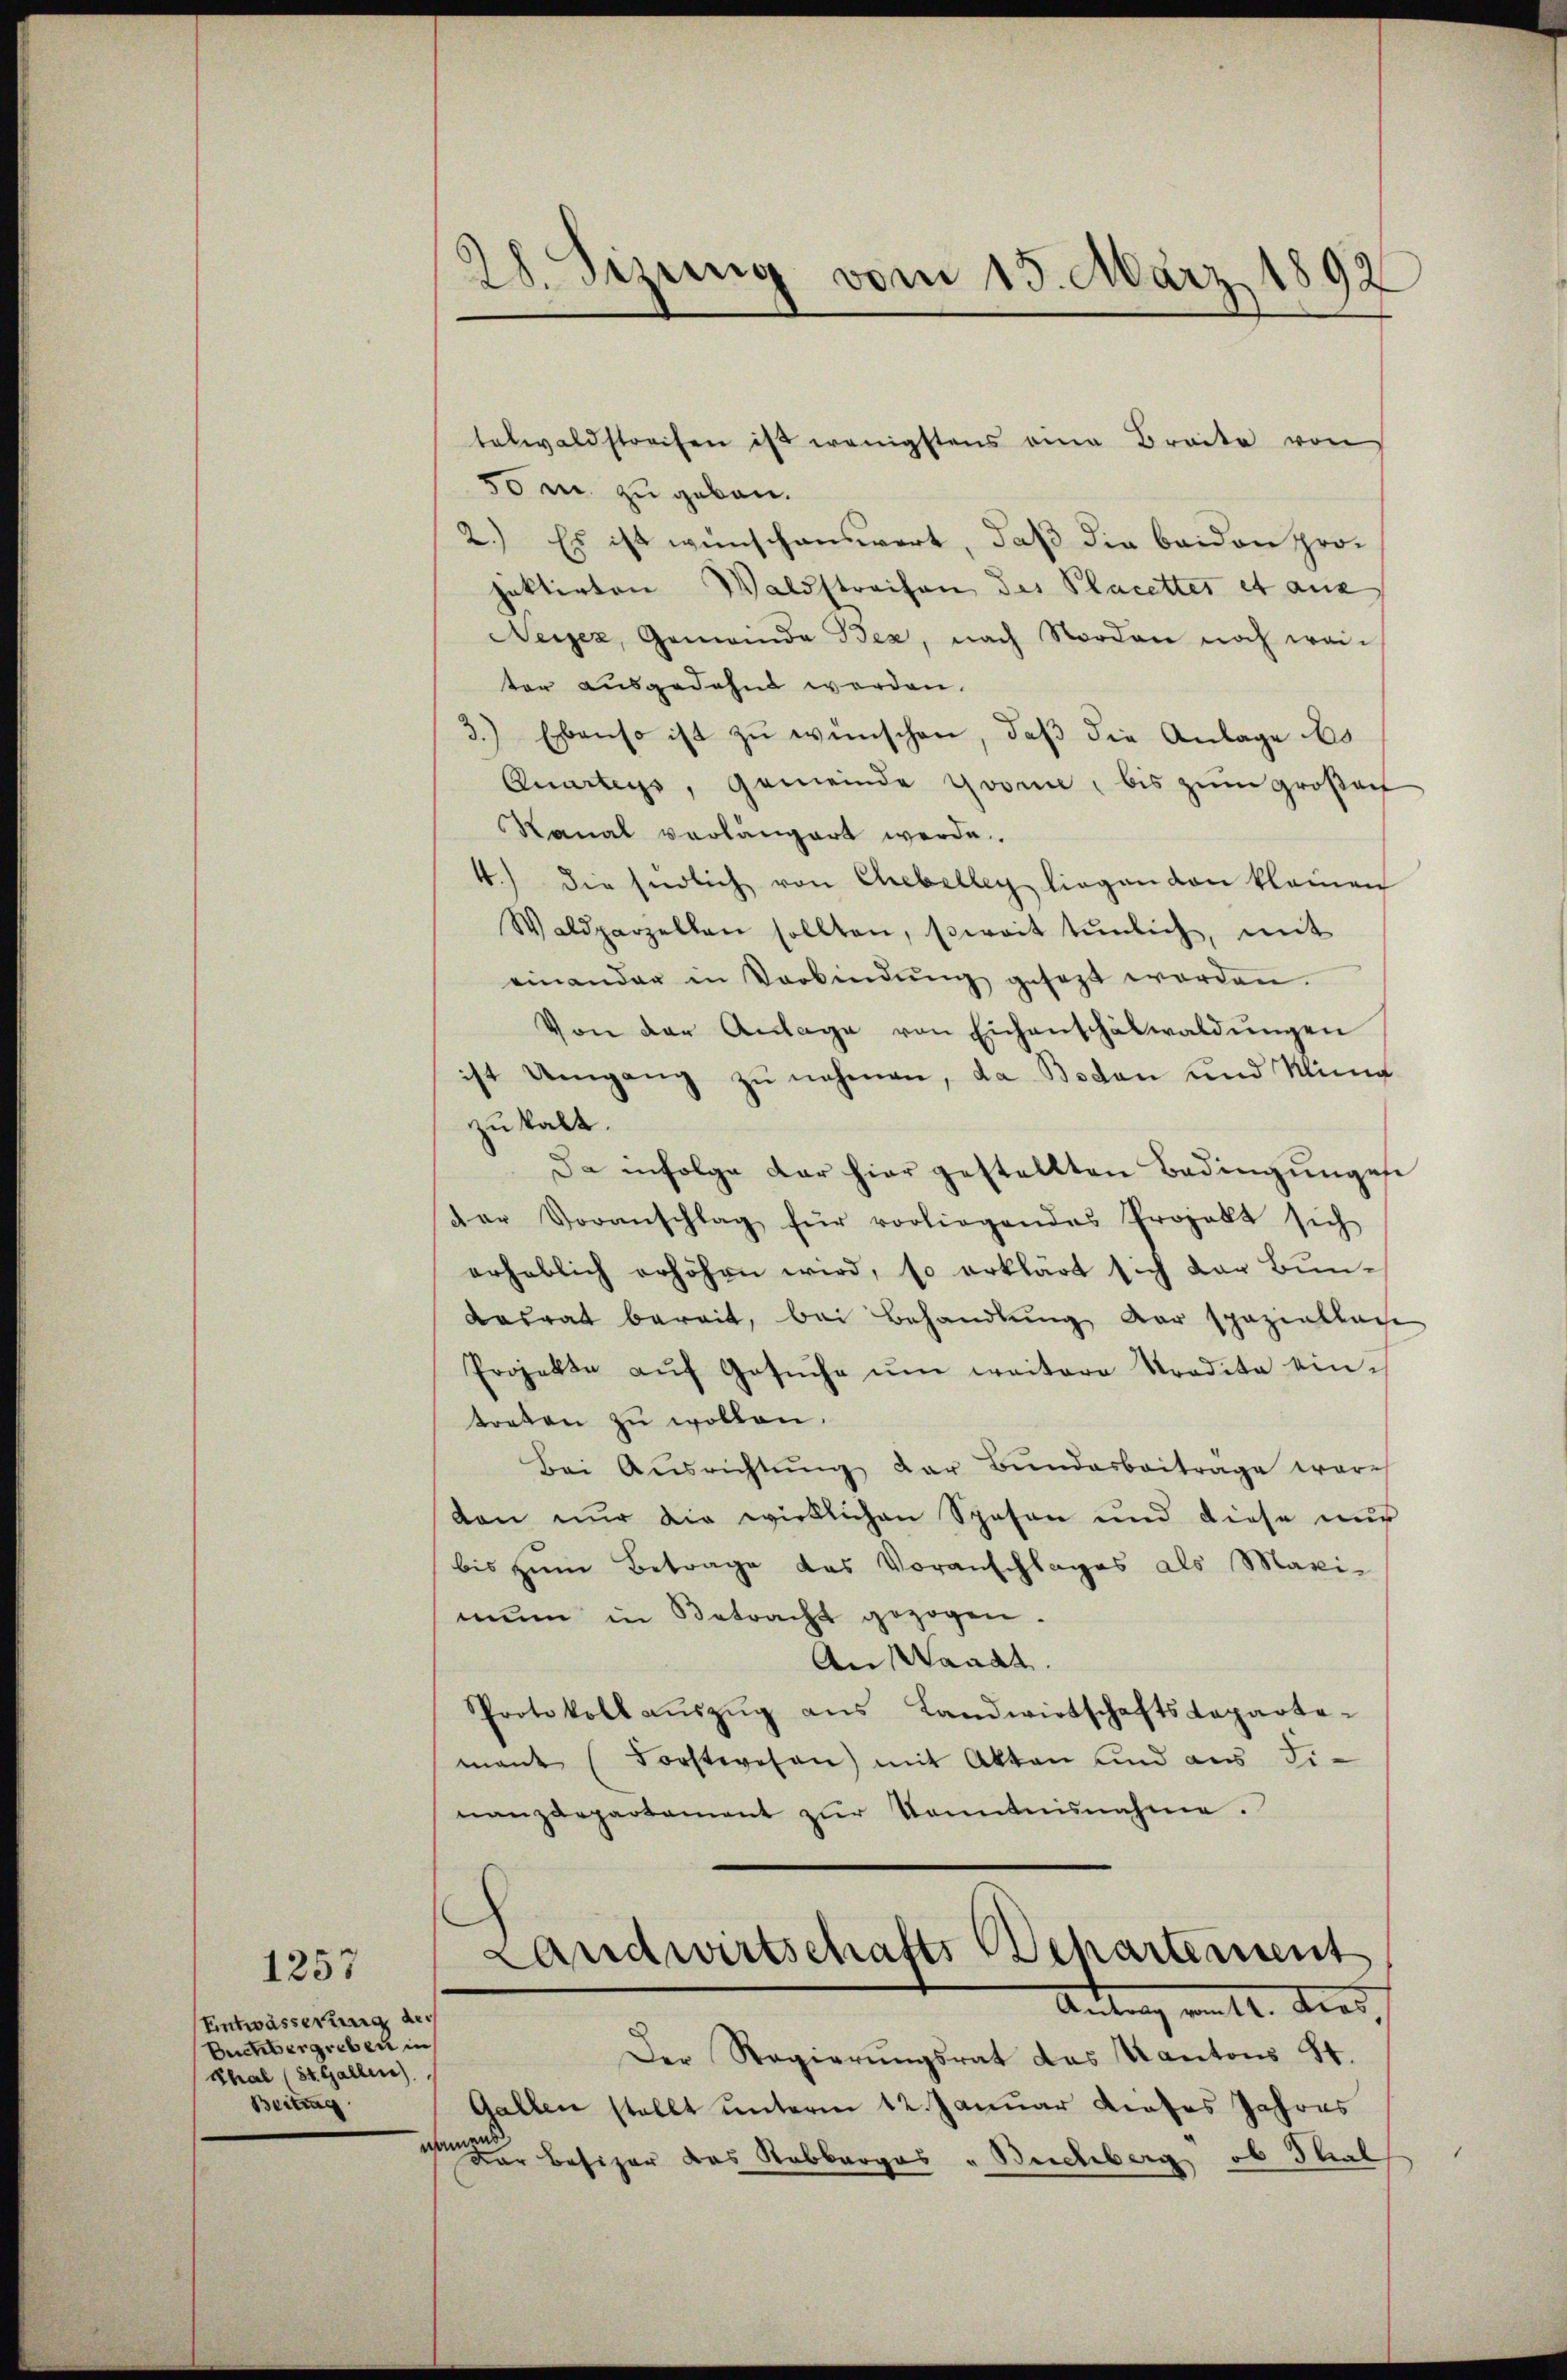
Entwässerung der
Buchbergreben in
Thal (St. Gallen).
Beitrag

1257

28. Sizung vom 15. März 1892

telwaldstrafen ist wenigstens eine Breite von
50m zu geben.
2.) Es ist wünschenswert, daß die beiden projektirten Waldstreifen des Placettes et aus
Neiez, Gemeinde Bea, nach Norden noch weiter ausgedehnt worden.
3.) Ebenso ist zu wünschen, daß die Anlage es
Quarteys, Gemeinde Gromne, bis zum großacf
Kanal vorlängert werde.
4.) Die Endlich von Chebelleg liegen von kleinen
Waldparzellen sollten, soweit tŭnlich, mit
einander in Verbindŭng gesezt worden.
Von der Anlage von Eichenschalwaldŭngen
ist Umgang zŭ nehmen, da Boden und Kling
zu kalt.
da infolge dar hier gestellten Bedingungese
der Voranschlag für vorliegendes Projekt sich
erheblich erhöhen wird, so erklärt sich der Bun¬
Kasrat bereit, bei Behandlung der spaziallage
Projekte aŭf Gesŭche ŭm weitere Tradita eintreten zu wollen.
Bei Aŭsrichtŭng der Bŭndesbeiträge ware
don nur die wirklichen Spesen und diese nur
bis zum Betrage das Voranschlages als Maxi-
mun in Betracht gezogen.
An Waadt
Protokoll aŭszŭg ans Landwirtschaftsdeparta-
mant (Forstwesen) mit Akten und aus Ti-
nanzdepartament zŭr Kenntnisnahme.

Landwirtschafts Departement
Antrag vom 12. dies
Der Regierungsrat das Kantons St.

Gallen stellt unterm 12. Januar dieses Jahres
namens
Der Besizer das Rabberges „Buchberg ob That